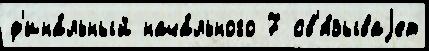
ф'ина́льный нача́льного 7 св'я́зываjет